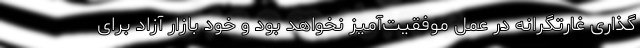
‌گذاری غارتگرانه در عمل موفقیت‌آمیز نخواهد بود و خود بازار آزاد برای